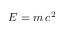
E = m \, c ^ { 2 }